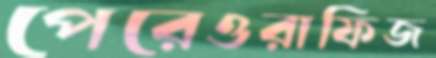
পেরেওরাফিজ